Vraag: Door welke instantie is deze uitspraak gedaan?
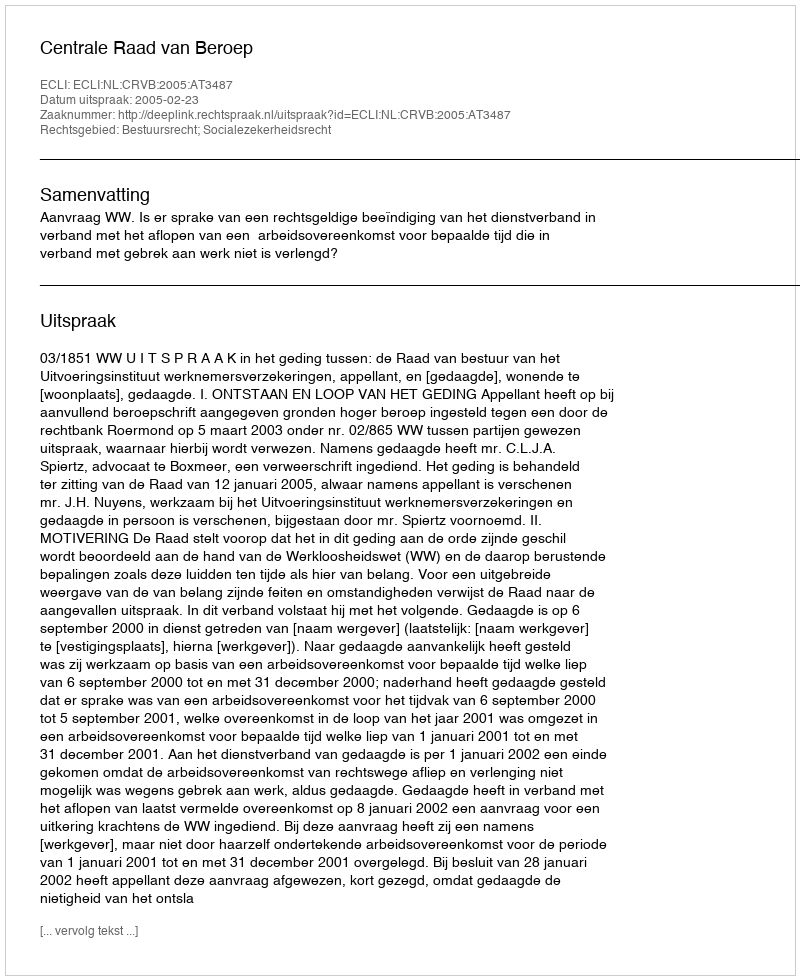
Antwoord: Centrale Raad van Beroep